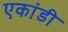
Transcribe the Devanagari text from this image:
एकांडी